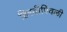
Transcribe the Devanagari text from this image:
हिरवीपिवळी